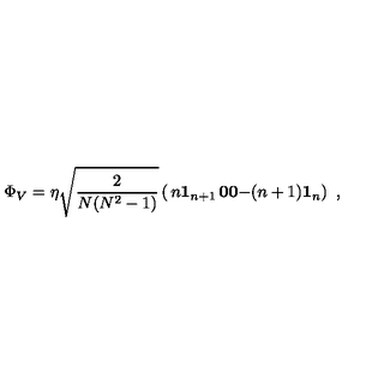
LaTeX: \Phi _ { V } = \eta \sqrt { \frac { 2 } { N ( N ^ { 2 } - 1 ) } } \left( \begin{matrix} { n { \bf 1 } _ { n + 1 } } & { { \bf 0 } } \\ { { \bf 0 } } & { - ( n + 1 ) { \bf 1 } _ { n } } \\ \end{matrix} \right) \ ,